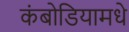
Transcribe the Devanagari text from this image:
कंबोडियामधे